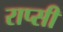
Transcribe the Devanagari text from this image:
राप्सी